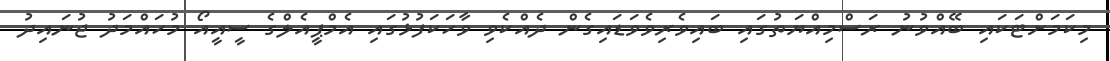
މިކަމަށްޓަކައި ބޭއްވުނު ރަސްމިއްޔަތުގައި ބައިވެރިވެވަޑައިގެން ދެއްކެވި ވާހަކަފުޅުގައި އެމްޕީއެލްގެ ސީއީއޯ މުހައްމަދު ޖުނައިދު